Civil Veterinary Department Bihar reports 1936-40 - 1936-1940
Year: 1936
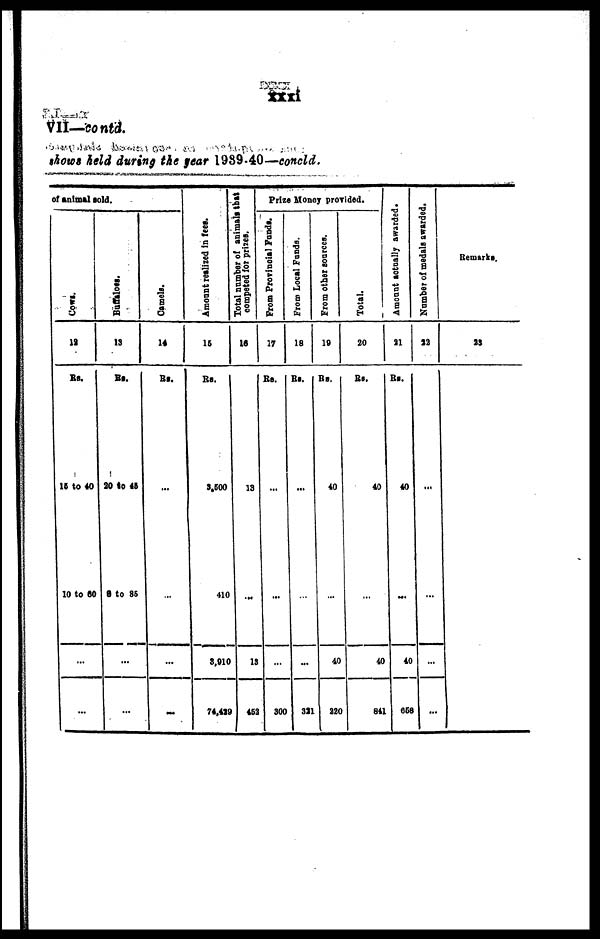
xxxi
VII—contd.
shows held during the fear 1939-40—concld.
of animal sold.
Cows.
12
Rs.
15 to 40
10 to 60
...
...
Buffaloes.
13
Rs.
20 to 45
8 to 35
...
...
Camels.
14
Rs.
...
...
...
...
Amount realized in fees.
15
Rs.
3,500
410
3,910
74,429
Total number of animals that
competed for prizes.
16
13
...
13
452
Prize Money provided.
From Provincial Funds.
17
Rs.
...
...
...
300
From Local Funds.
18
Rs.
...
...
...
321
From other sources.
19
Rs.
40
...
40
220
Total.
20
Rs.
40
....
40
841
Amount actually awarded.
21
Rs.
40
...
40
658
Number of medals awarded.
22
...
...
...
...
Remarks.
23